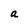
Character: a